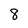
Character: 8